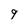
Character: 9